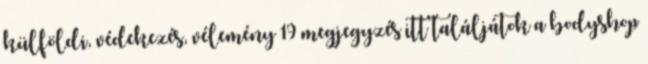
külföldi, védekezés, vélemény 19 megjegyzés itt találjátok a bodyshop